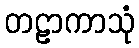
တဠာကာသုံ